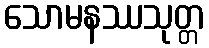
သောမနဿသုတ္တ